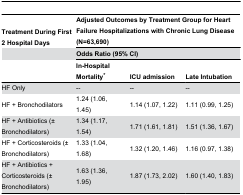
| Treatment During First 2 Hospital Days | <COLSPAN=3> Adjusted Outcomes by Treatment Group for Heart Failure Hospitalizations with Chronic Lung Disease (N=63,690) |
 |  | <COLSPAN=3> Odds Ratio (95% CI) |
 |  | In-Hospital Mortality* | ICU admission | Late Intubation |
 | --- | --- | --- | --- |
 | HF Only | -- | -- | -- |
 | HF + Bronchodilators | 1.24 (1.06, 1.45) | 1.14 (1.07, 1.22) | 1.11 (0.99, 1.25) |
 | HF + Antibiotics (± Bronchodilators) | 1.34 (1.17, 1.54) | 1.71 (1.61, 1.81) | 1.51 (1.36, 1.67) |
 | HF + Corticosteroids (± Bronchodilators) | 1.33 (1.04, 1.68) | 1.32 (1.20, 1.46) | 1.16 (0.97, 1.38) |
 | HF + Antibiotics + Corticosteroids (± Bronchodilators) | 1.63 (1.36, 1.95) | 1.87 (1.73, 2.02) | 1.60 (1.40, 1.83) |